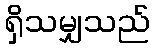
ရှိသမျှသည်